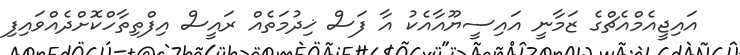
އައިޖީއެމްއެޗްގެ ޒަމާނީ އައިސީޔޫއާއެކު އާ ފަސް ޚިދުމަތެއް ރައީސް އިފްތިތާހްކޮށްދެއްވައިފި